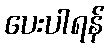
ပေးပါရန်